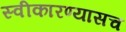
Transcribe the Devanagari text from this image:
स्वीकारण्यासच